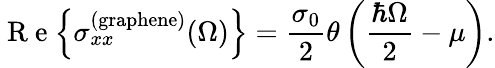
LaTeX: \mathrm{~R~e~}{\left\{ \sigma_{xx}^{\mathrm{(graphene)}}(\Omega)\right\} }=\frac{\sigma_{0}}{2}\theta\left(\frac{\hbar\Omega}{2}-\mu\right).